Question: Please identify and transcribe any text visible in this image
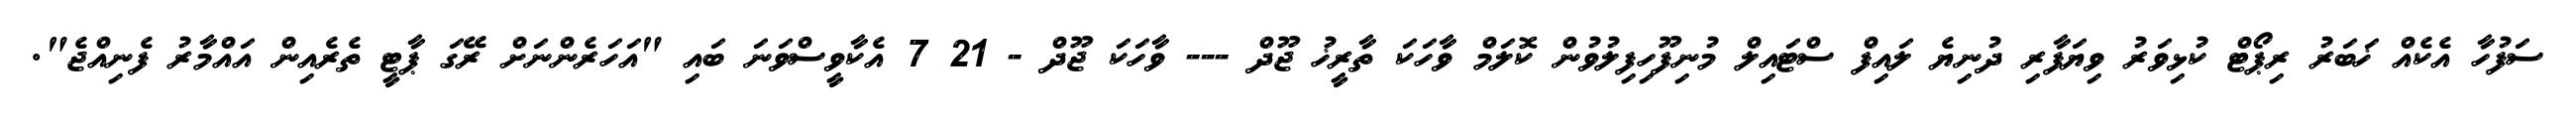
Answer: ސަފުހާ އެކެއް ޚަބަރު ރިޕޯޓް ކުޅިވަރު ވިޔަފާރި ދުނިޔެ ލައިފް ސްޓައިލް މުނިފޫހިފިލުވުން ކޮލަމް ވާހަކަ ތާރީޚު ޖޫދް --- ވާހަކަ ޖޫދް - 21 7 އެކާވީސްވަނަ ބައި "އަހަރެންނަށް ރޭގަ ޕާޓީ ތެރެއިން އައްމާރު ފެނިއްޖެ".